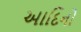
આદિનો